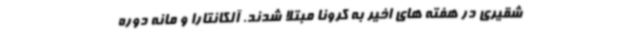
شقیری در هفته های اخیر به کرونا مبتلا شدند. آلکانتارا و مانه دوره